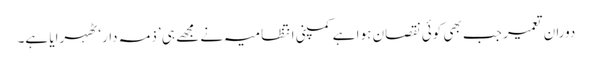
دوران تعمیر جب بھی کوئی نقصان ہوا ہے کمپنی انتظامیہ نے مجھے ہی ’ذمہ دار‘ ٹھہرایا ہے۔